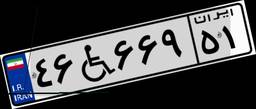
۹۱W۹۳۹۶۴